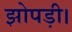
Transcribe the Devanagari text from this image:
झोपड़ी।